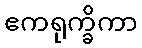
ဧကရုက္ခိကာ